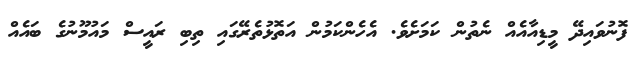
ފޮނުވައިދޭ މީޑިއާއެއް ނެތުން ކަމަށެވެ. އެހެންކަމުން އަތޮޅުތެރޭގައި ތިބި ރައީސް މައުމޫނުގެ ބައެއް